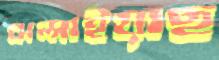
ঝল্‌সাইয়াছ